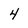
Character: 4